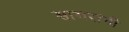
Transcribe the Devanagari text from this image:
सागरांनी